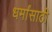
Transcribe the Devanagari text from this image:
धर्मांसाठी